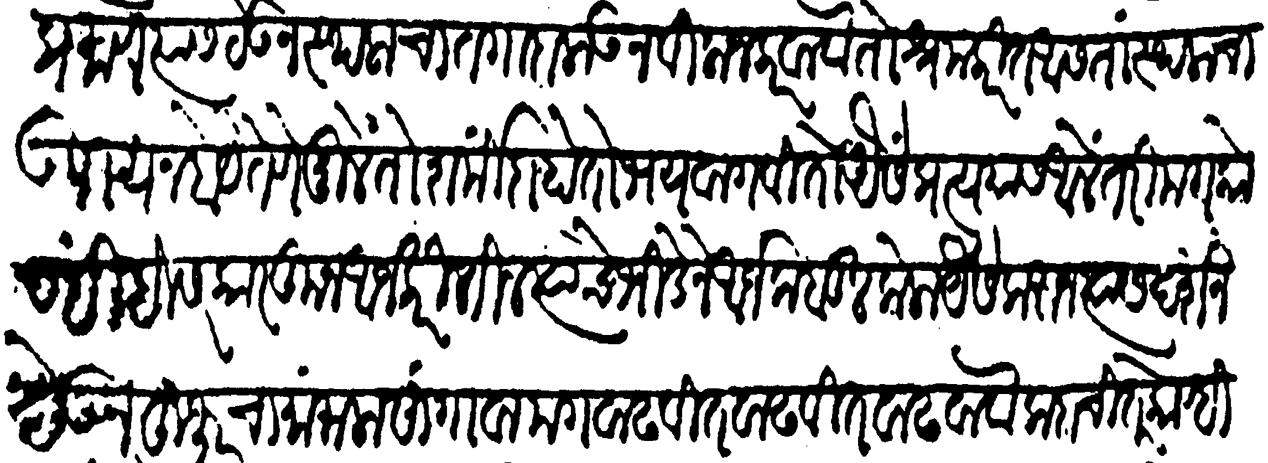
Transliteration (Devanagari): प्रमाणे त्यास ठेऊन स्थळाचा तगादा लाऊन विलाज करवावा तो श्रम करीत आसता स्थलाचा उपाय न होय तेणेमुले शार्मीदा होतो भय वागवितो यैसें प्रत्ययास आलें तरी मग कोण्हीहि सरकारकून आर्ज करीतील त्यांचे भिडेने आर्ज कबूल केला यैसें करून त्यास दर्शन देऊन हुजूरचा मामला सांगावा मग वाढवीत वाढवीत वाढवावा कदाचित कोण्ही